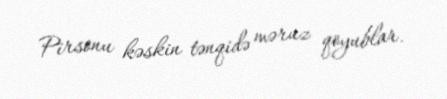
Pirsonu kəskin tənqidə məruz qoyublar.